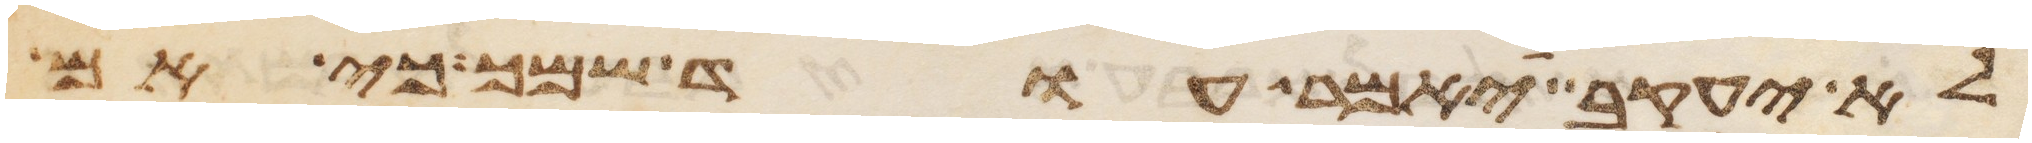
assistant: לא יעקב יאמר עוד שמך כי אם